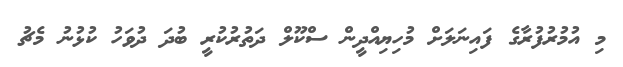
މި އުމުރުފުރާގެ ފައިނަލަށް މުހިޔިއްދީން ސްކޫލް ދަތުރުކުރީ ބުދަ ދުވަހު ކުޅުނު މެޗު